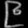
Digit: ၉